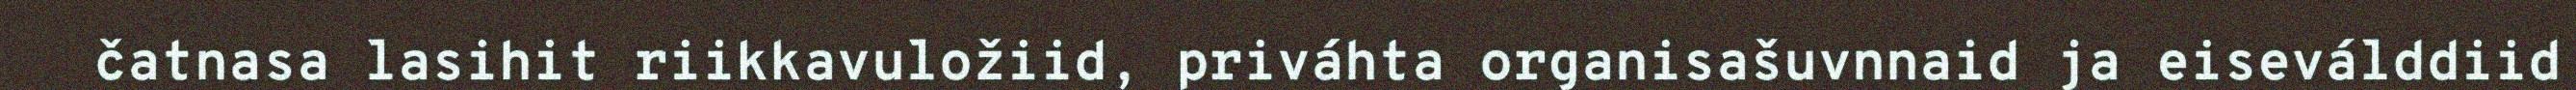
čatnasa lasihit riikkavuložiid, priváhta organisašuvnnaid ja eiseválddiid